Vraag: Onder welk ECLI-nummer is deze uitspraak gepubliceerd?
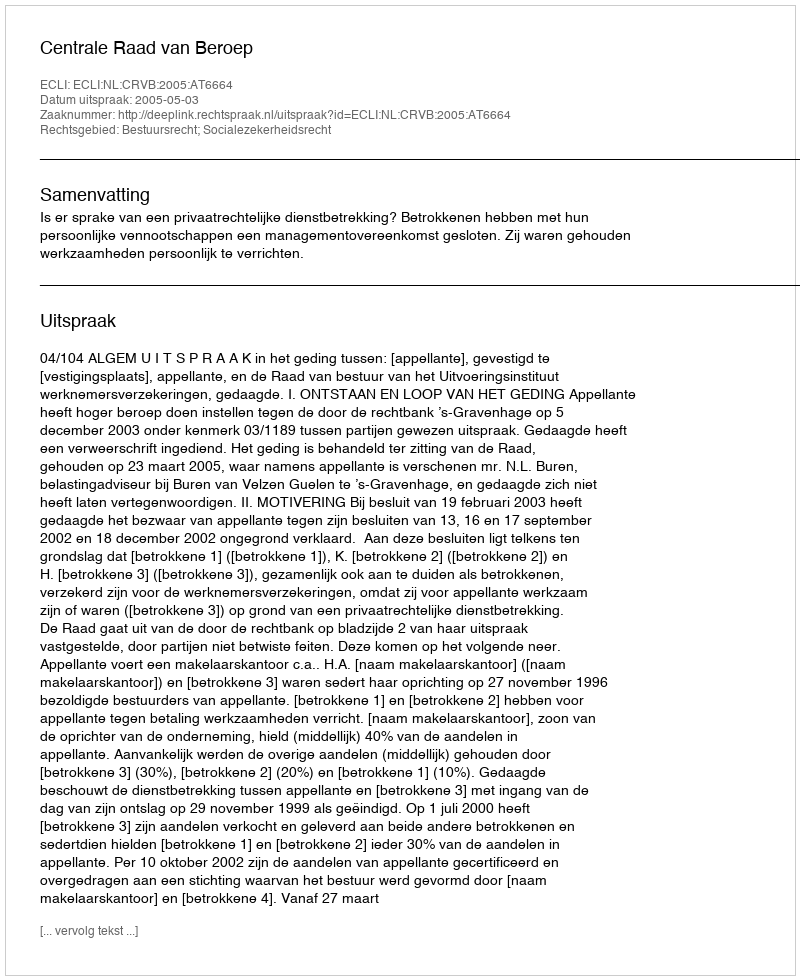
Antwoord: ECLI:NL:CRVB:2005:AT6664